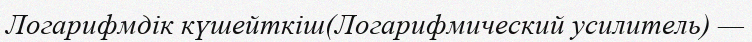
Логарифмдік күшейткіш(Логарифмический усилитель) —